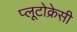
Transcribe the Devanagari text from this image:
प्लूटोक्रेसी